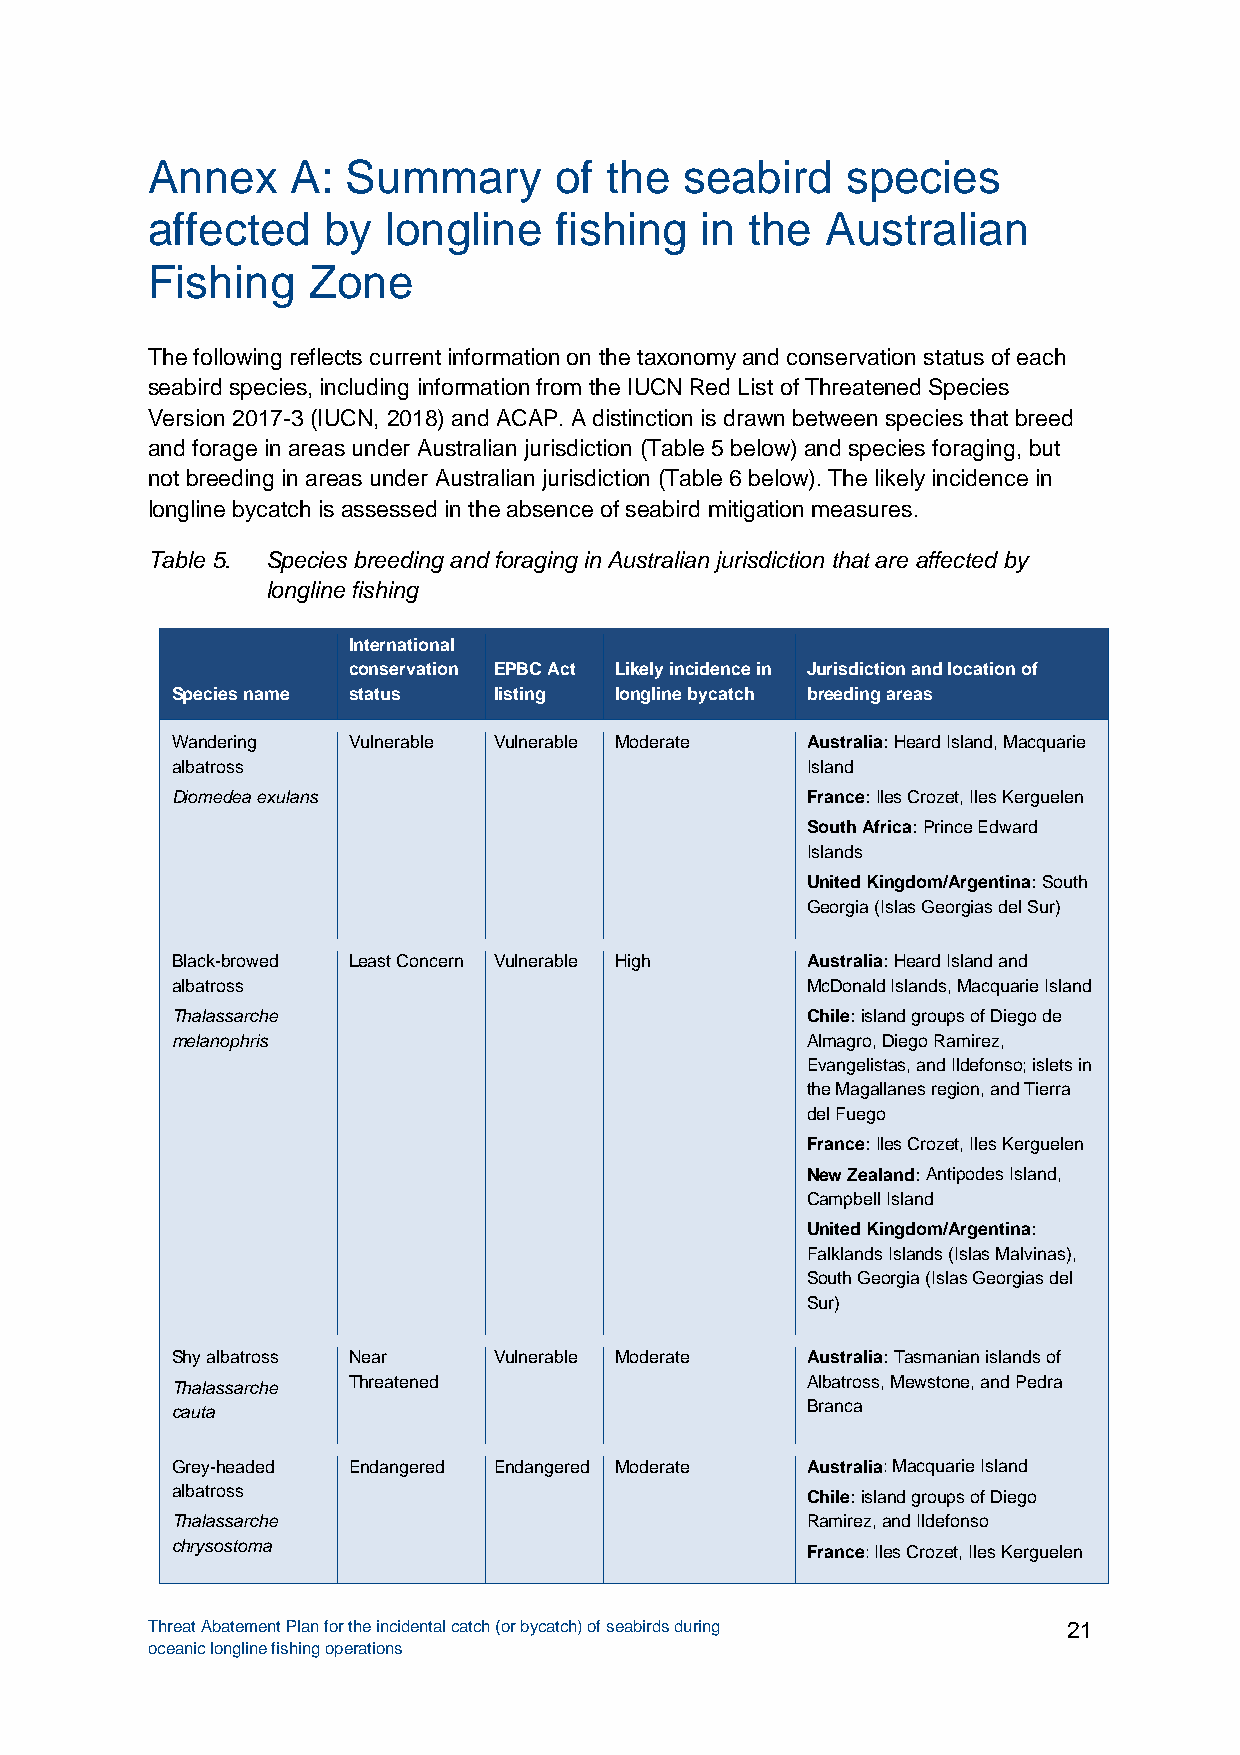
Annex    A:  Summary       of the  seabird    species
 affected   by  longline    fishing  in  the  Australian
 Fishing   Zone
 The following reflects current information on the taxonomy and conservation status of each
 seabird species, including information from the IUCN Red List of Threatened Species
 Version 2017-3 (IUCN, 2018) and ACAP. A distinction is drawn between species that breed
 and forage in areas under Australian jurisdiction (Table 5 below) and species foraging, but
 not breeding in areas under Australian jurisdiction (Table 6 below). The likely incidence in
 longline bycatch is assessed in the absence of seabird mitigation measures.
 Table 5. Species breeding and foraging in Australian jurisdiction that are affected by
 longline fishing
 International
 conservation EPBC Act Likely incidence in Jurisdiction and location of
 Species name status   listing longline bycatch breeding areas
 Wandering   Vulnerable Vulnerable Moderate Australia: Heard Island, Macquarie
 albatross                                 Island
 Diomedea exulans                          France: Iles Crozet, Iles Kerguelen
 South Africa: Prince Edward
 Islands
 United Kingdom/Argentina: South
 Georgia (Islas Georgias del Sur)
 Black-browed Least Concern Vulnerable High Australia: Heard Island and
 albatross                                 McDonald Islands, Macquarie Island
 Thalassarche                              Chile: island groups of Diego de
 melanophris                               Almagro, Diego Ramirez,
 Evangelistas, and Ildefonso; islets in
 the Magallanes region, and Tierra
 del Fuego
 France: Iles Crozet, Iles Kerguelen
 New Zealand: Antipodes Island,
 Campbell Island
 United Kingdom/Argentina:
 Falklands Islands (Islas Malvinas),
 South Georgia (Islas Georgias del
 Sur)
 Shy albatross Near    Vulnerable Moderate Australia: Tasmanian islands of
 Thalassarche Threatened                   Albatross, Mewstone, and Pedra
 cauta                                     Branca
 Grey-headed Endangered Endangered Moderate Australia: Macquarie Island
 albatross                                 Chile: island groups of Diego
 Thalassarche                              Ramirez, and Ildefonso
 chrysostoma                               France: Iles Crozet, Iles Kerguelen
 Threat Abatement Plan for the incidental catch (or bycatch) of seabirds during 21
 oceanic longline fishing operations